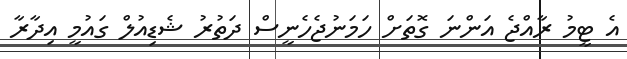
އެ ޓީމު ރާއްޖެ އަންނަ ގޮތަށް ހަމަނުޖެހެނީސް ދަތުރު ޝެޑިއުލް ގައުމީ އިދާރާ